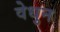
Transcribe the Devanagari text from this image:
वेधुन